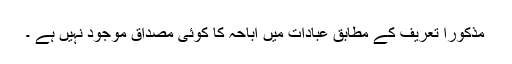
مذکورا تعریف کے مطابق عبادات میں اباحہ کا کوئی مصداق موجود نہیں ہے ۔